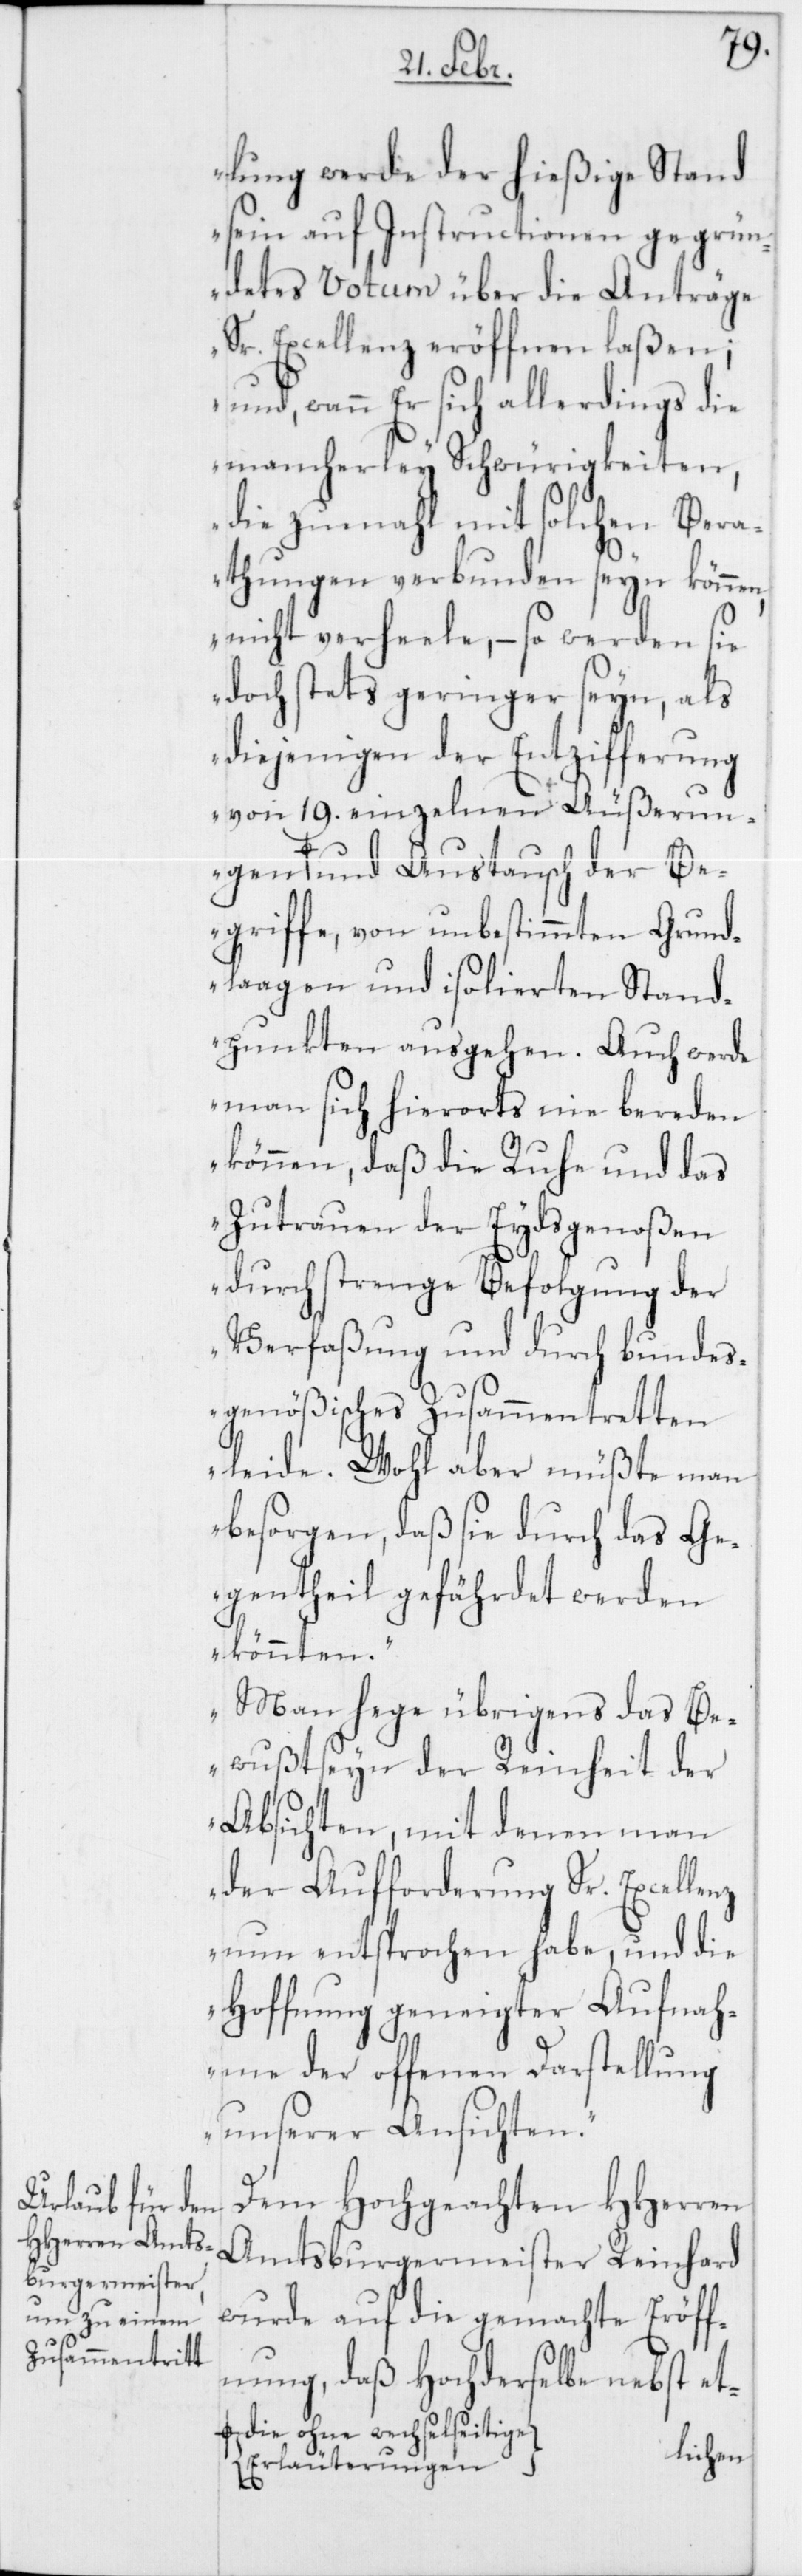
n,
lung werde der hießige Stand
sein auf Instruction gegrün¬
detes Votum über die Anträge
Sr. Excellenz eröffnen laßen;
und, wenn Er sich allerdings die
mancherley Schwürigkeiten,
die zumahl mit solchen Bera¬
thungen verbunden seyn könne¬
nicht verheele, – so werden sie
doch stets geringer seyn, als
diejenigen der Entzifferung
von 19. einzelnen Äußerun¬
gen und Austausch der Be¬
griffe, von unbestimmten Grund¬
lagen und isolierten Stand¬
punkten ausgehen. Auch werde
man sich hierorts nie bereden
können, daß die Ruhe und das
Zutrauen der Eidsgenoßen
durch strenge Befolgung der
Verfaßung und durch bundes¬
genößisches Zusammentretten
leide. Wohl aber müßte man
besorgen, daß sie durch das Ge¬
gentheil gefährdet werden
könnten.
Man hege übrigens das Be¬
wußtseyn der Reinheit der
Absichten, mit denen man
der Aufforderung Sr. Excellenz
nun entsprochen habe, und die
Hoffnung geneigter Aufnah¬
me der offenen Darstellung
unserer Ansichten.“
Dem Hochgeachten HHerren
Amtsburgermeister Reinhard
wurde auf die gemachte Eröff¬
nung, daß Hochderselbe nebst et-